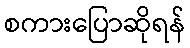
စကားပြောဆိုရန်